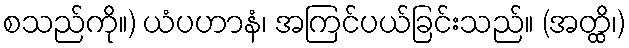
စသည်ကို။) ယံပဟာနံ၊ အကြင်ပယ်ခြင်းသည်။ (အတ္ထိ၊)